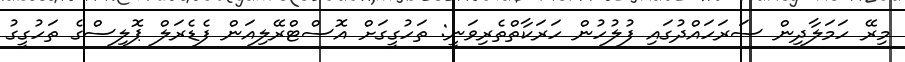
މިރޭ ހަމަލާދިން ސަރަހައްދުގައި ފުލުހުން ހަރަކާތްތެރިވަނީ: ތަހުގީގަށް އޮސްޓްރޭލިއަން ފެޑެރަލް ޕޮލިސްގެ ތަހުގީގު